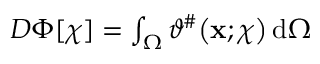
\begin{array} { r } { D \Phi [ \chi ] = \int _ { \Omega } \vartheta ^ { \# } \big ( \mathbf { x } ; \chi \big ) \, \mathrm { d } \Omega } \end{array}